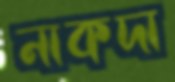
নাকদা